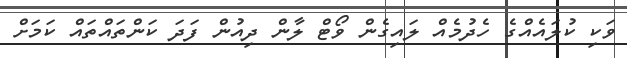
ވަކި ކުލައެއްގެ ހެދުމެއް ލައިގެން ވޯޓް ލާން ދިއުން ފަދަ ކަންތައްތައް ކަމަށް